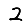
Digit: 2